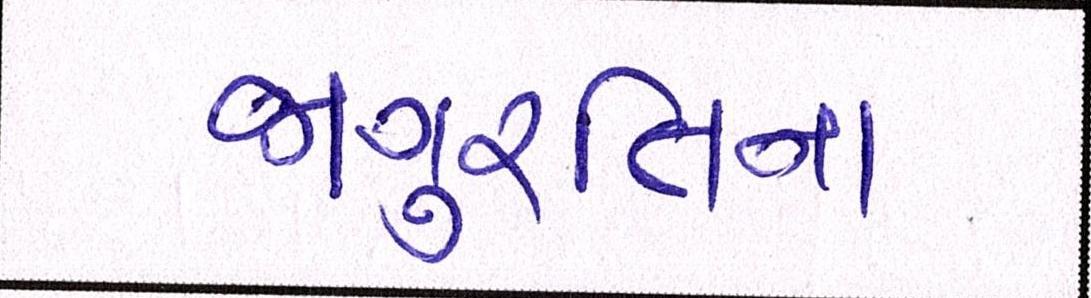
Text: જાગુ્રતિના